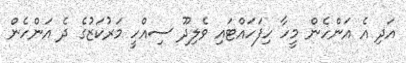
އަދި އެ އަންހެން މީހާ ހިފަހައްޓައި ވެލިދޫ ސިއްހީ މަރުކަޒުގެ ދެ އަންހެން